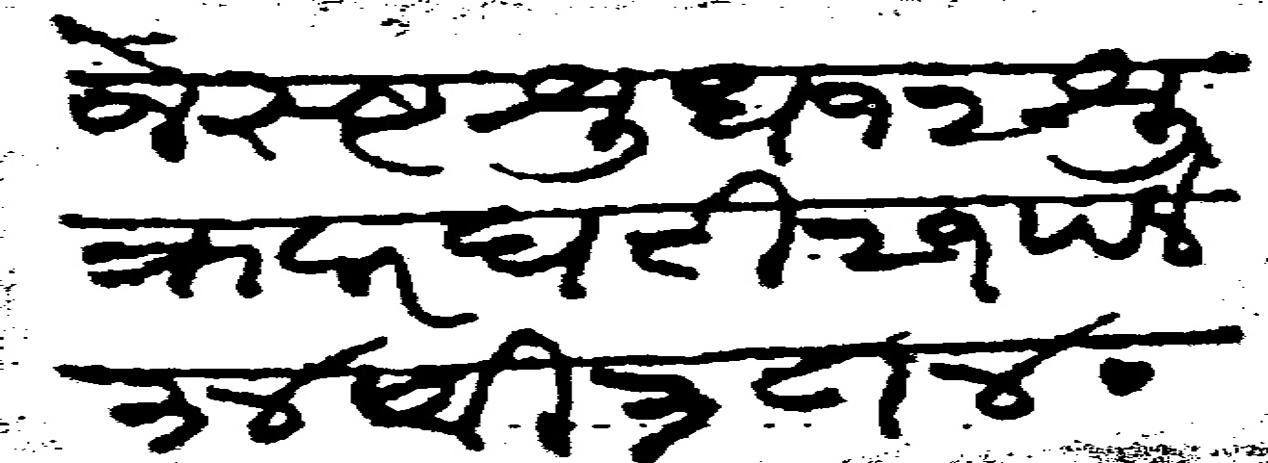
Transliteration (Devanagari): जेस्ष्ट श्रुध १२ श्रुक्रवार घटी २१ पले ३४ वी ३८/४०